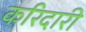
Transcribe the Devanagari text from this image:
करिदारी